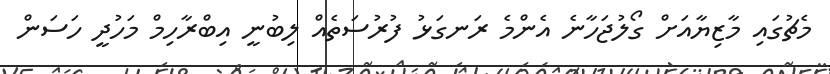
މެޗުގައި މާޒިޔާއަށް ގޯލުޖަހާނެ އެންމެ ރަނގަޅު ފުރުސަތެއް ލިބުނީ އިބްރާހިމް މަހުދީ ހަސަން